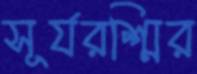
সূর্যরশ্মির